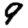
Digit: 9